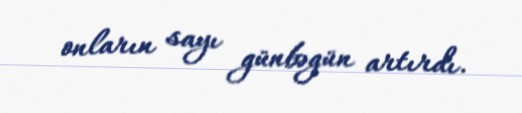
onların sayı günbəgün artırdı.